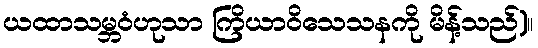
ယထာသမ္ဘဝံဟုသာ ကြိယာဝိသေသနကို မိန့်သည်)။